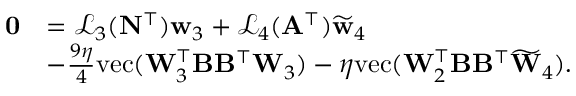
\begin{array} { r l } { \mathbf { 0 } } & { = \mathcal { L } _ { 3 } ( \mathbf { N } ^ { \top } ) \mathbf { w } _ { 3 } + \mathcal { L } _ { 4 } ( \mathbf { A } ^ { \top } ) \widetilde { \mathbf { w } } _ { 4 } } \\ & { - \frac { 9 \eta } { 4 } \mathrm { v e c } ( \mathbf { W } _ { 3 } ^ { \top } \mathbf { B } \mathbf { B } ^ { \top } \mathbf { W } _ { 3 } ) - \eta \mathrm { v e c } ( \mathbf { W } _ { 2 } ^ { \top } \mathbf { B } \mathbf { B } ^ { \top } \widetilde { \mathbf { W } } _ { 4 } ) . } \end{array}